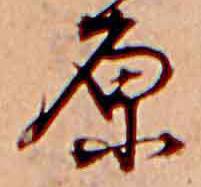
原